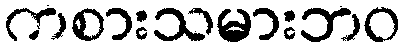
ကစားသမားဘဝ